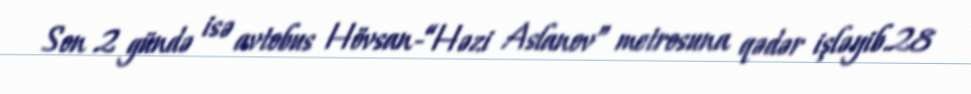
Son 2 gündə isə avtobus Hövsan-“Həzi Aslanov” metrosuna qədər işləyib.28